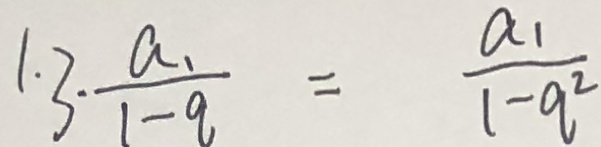
1 . 3 \cdot \frac { a _ { 1 } } { 1 - q } = \frac { a _ { 1 } } { 1 - q ^ { 2 } }